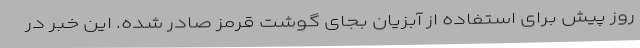
روز پیش برای استفاده از آبزیان بجای گوشت قرمز صادر شده. این خبر در